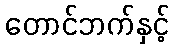
တောင်ဘက်နှင့်